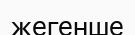
жегенше